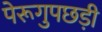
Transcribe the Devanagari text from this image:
पेरूगुपछड़ी